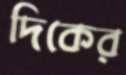
দিকের